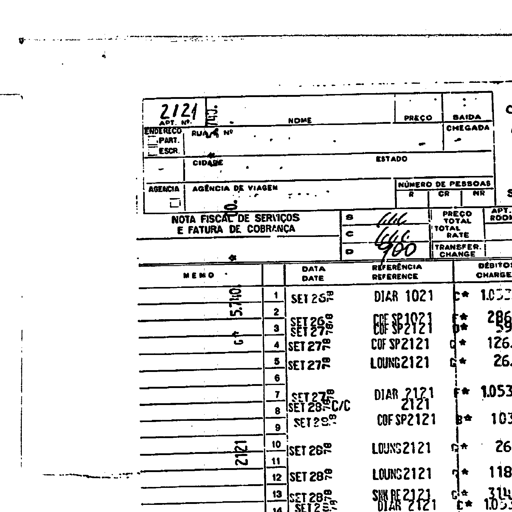
transcription: 2121 APT. Nº NOME PREÇO SAIDA ENDEREÇO RUA Nº CHEGADA PART. ESCR. CIDADE ESTADO AGENCIA AGÊNCIA DE VIAGEM NÚMERO DE PESSOAS R CR NR NOTA FISCAL DE SERVIÇOS E FATURA DE COBRANÇA S 666 PREÇO TOTAL APT. ROOM C 666 TOTAL RATE D 900 TRANSFER. CHANGE MEMO DATA DATE REFERÊNCIA REFERENCE DÉBITO CHARGE 5.710 1 SET 25 DIAR 1021 C* 1.053 2 SET 26 COF SP2121 F* 286 3 SET 27 COF SP2121 D* 126. 4 SET 27 LOUNG2121 G* 26. 5 SET 27 6 7 SET 27 DIAR 2121 F* 1.053 8 SET 28 C/C 2121 9 SET 29 COF SP2121 B* 103 2121 10 SET 26 LOUNG2121 G* 26 11 12 SET 28 LOUNG2121 G* 118 13 SET 28 SER RE 2121 C* 314 14 SET 2 DIAR 2121 C* 1.053